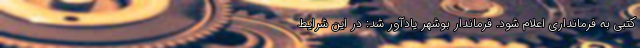
کتبی به فرمانداری اعلام شود. فرماندار بوشهر یادآور شد: در این شرایط